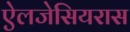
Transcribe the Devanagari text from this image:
ऐलजेसियरास